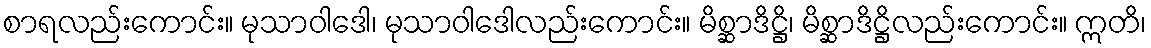
စာရလည်းကောင်း။ မုသာဝါဒေါ၊ မုသာဝါဒေါလည်းကောင်း။ မိစ္ဆာဒိဋ္ဌိ၊ မိစ္ဆာဒိဋ္ဌိလည်းကောင်း။ ဣတိ၊